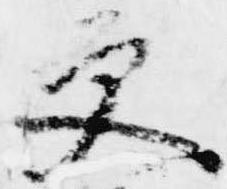
更